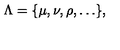
\Lambda = \{ \mu , \nu , \rho , \ldots \} ,